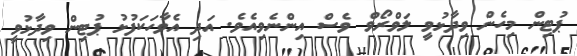
ޕުޓިން މިހެން ވިދާޅުވީ ލަވްރޯވް ވެސް އިންނެވިއެވެ. އަދި އެވާހަކަފުޅު ޕުޓިން ވިދާޅުވީ